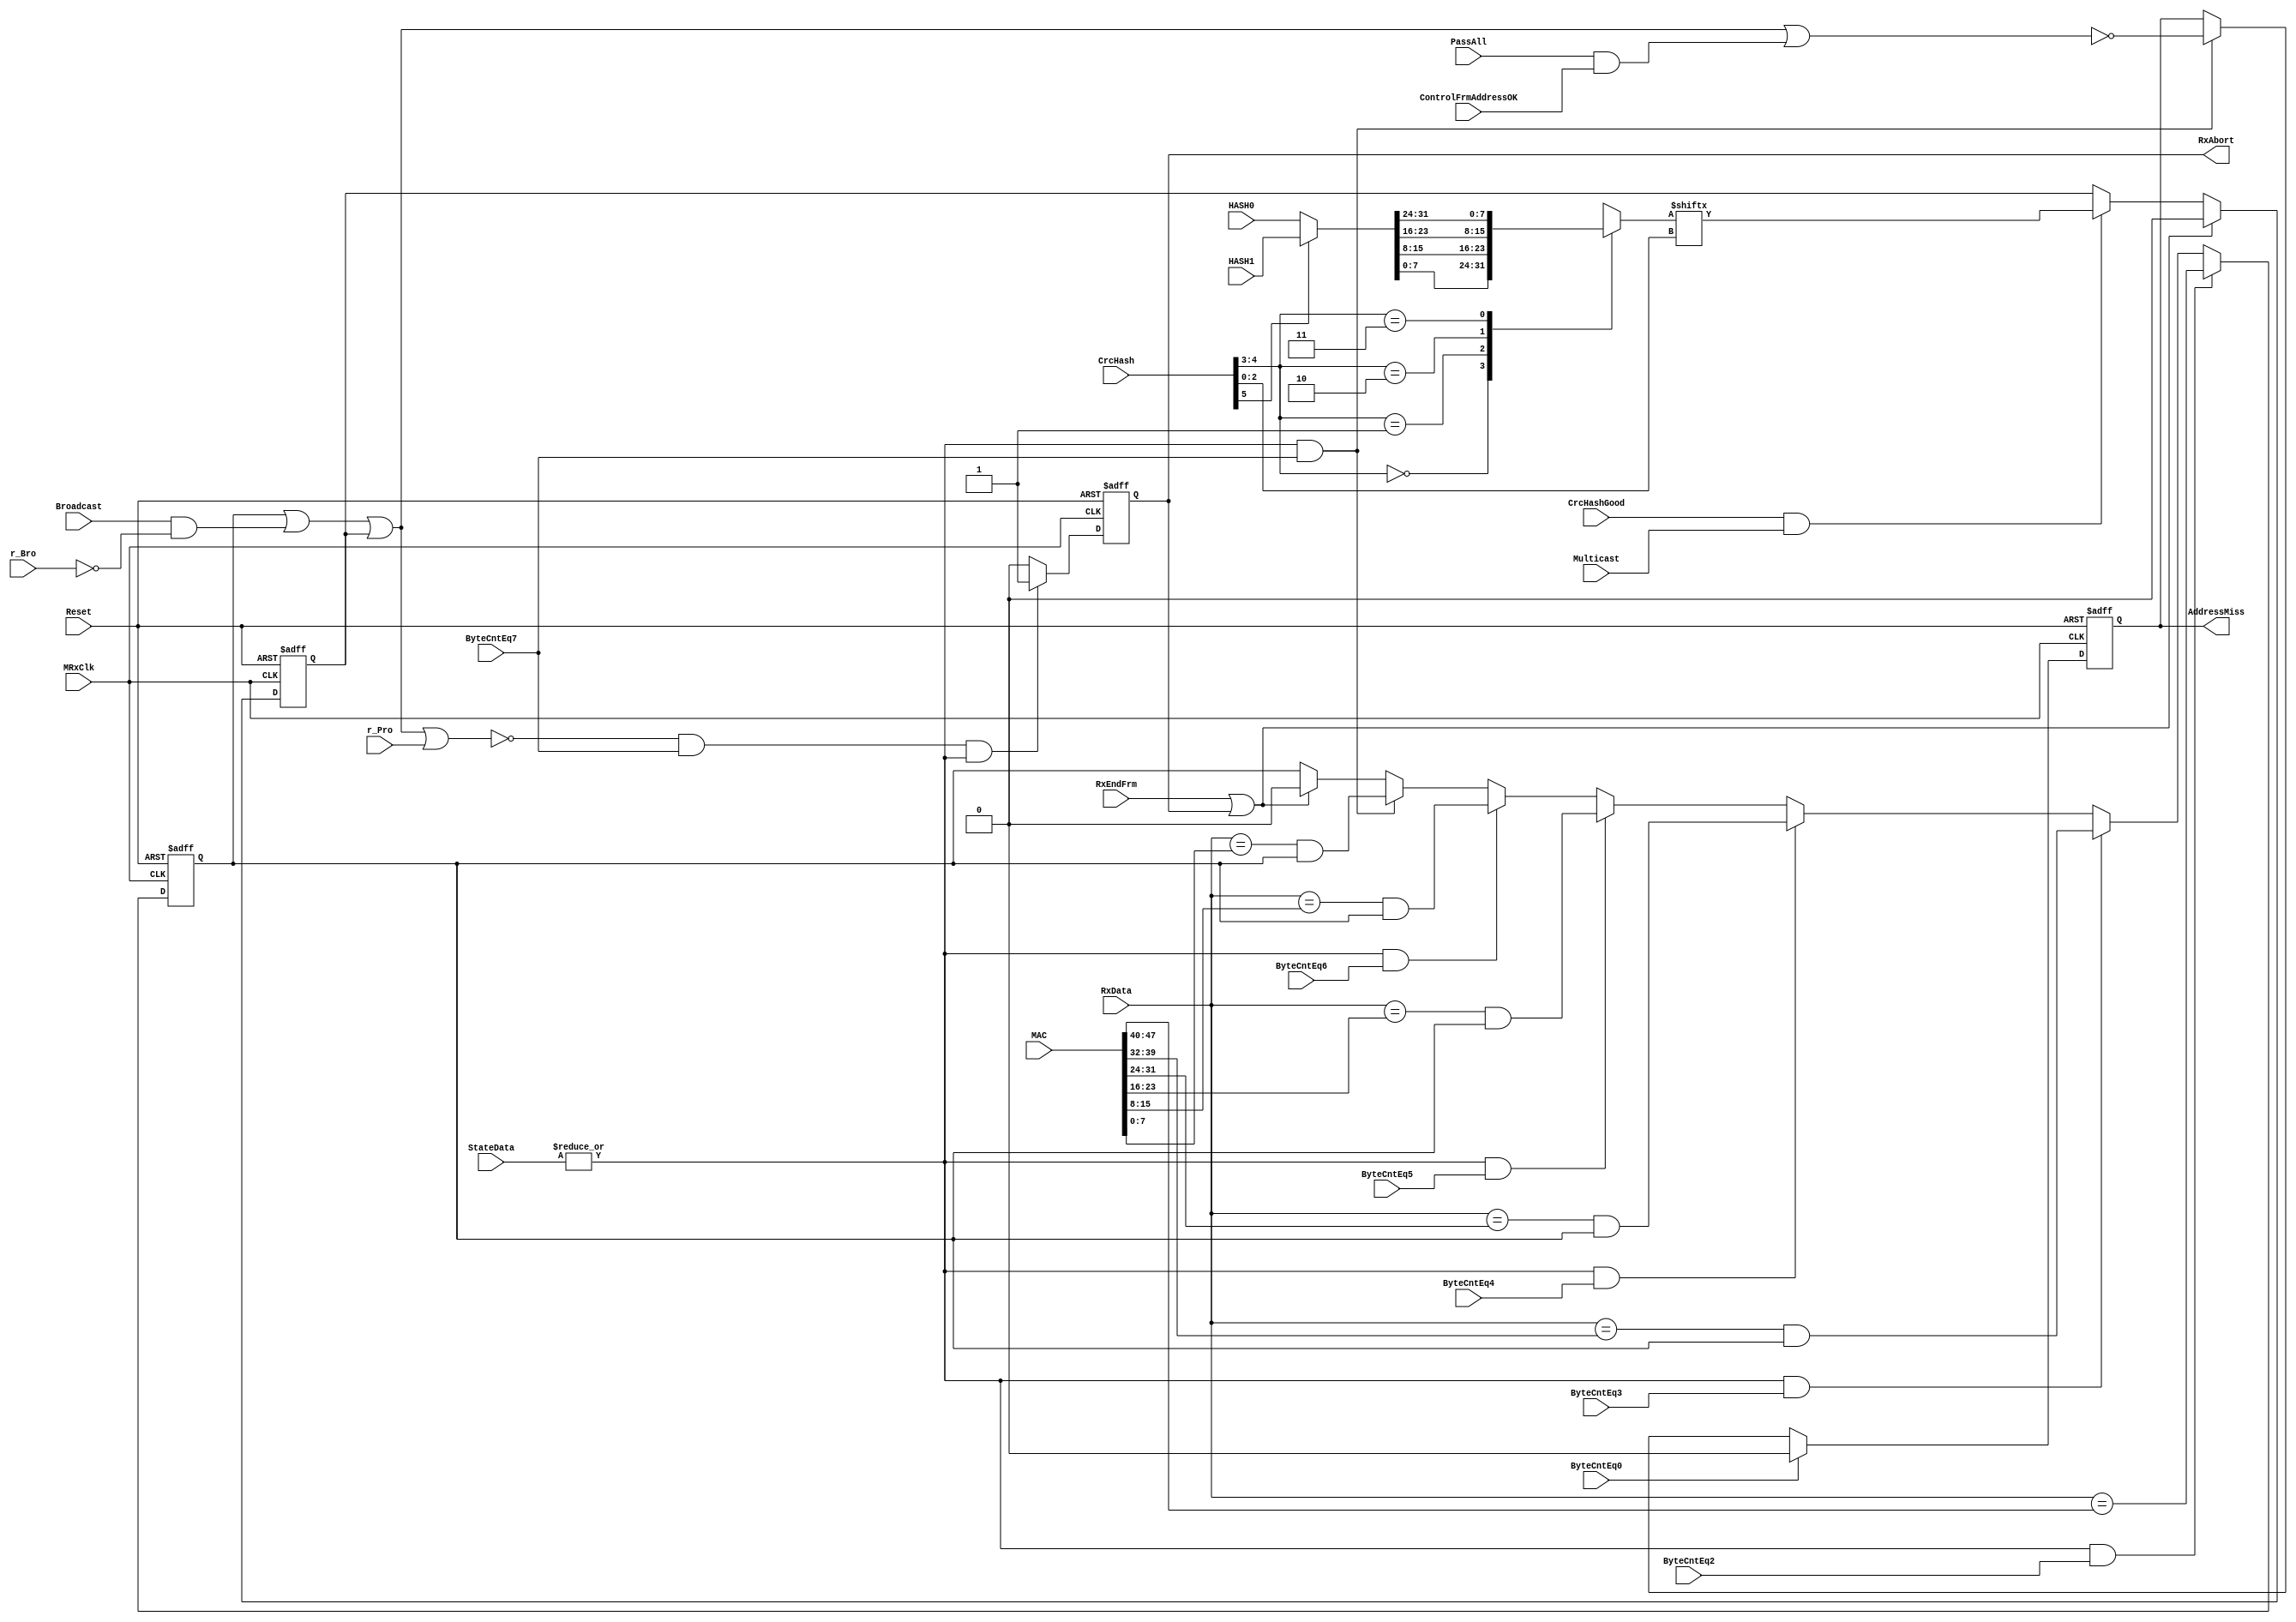
// This program was cloned from: https://github.com/NYU-MLDA/OpenABC
// License: BSD 3-Clause "New" or "Revised" License

module eth_rxaddrcheck(MRxClk,  Reset, RxData, Broadcast ,r_Bro ,r_Pro,
                       ByteCntEq2, ByteCntEq3, ByteCntEq4, ByteCntEq5,
                       ByteCntEq6, ByteCntEq7, HASH0, HASH1, ByteCntEq0,
                       CrcHash,    CrcHashGood, StateData, RxEndFrm,
                       Multicast, MAC, RxAbort, AddressMiss, PassAll,
                       ControlFrmAddressOK
                      );


  input        MRxClk; 
  input        Reset; 
  input [7:0]  RxData; 
  input        Broadcast; 
  input        r_Bro; 
  input        r_Pro; 
  input        ByteCntEq0;
  input        ByteCntEq2;
  input        ByteCntEq3;
  input        ByteCntEq4;
  input        ByteCntEq5;
  input        ByteCntEq6;
  input        ByteCntEq7;
  input [31:0] HASH0; 
  input [31:0] HASH1; 
  input [5:0]  CrcHash; 
  input        CrcHashGood; 
  input        Multicast; 
  input [47:0] MAC;
  input [1:0]  StateData;
  input        RxEndFrm;
  input        PassAll;
  input        ControlFrmAddressOK;
  
  output       RxAbort;
  output       AddressMiss;

 wire BroadcastOK;
 wire ByteCntEq2;
 wire ByteCntEq3;
 wire ByteCntEq4; 
 wire ByteCntEq5;
 wire RxAddressInvalid;
 wire RxCheckEn;
 wire HashBit;
 wire [31:0] IntHash;
 reg [7:0]  ByteHash;
 reg MulticastOK;
 reg UnicastOK;
 reg RxAbort;
 reg AddressMiss;
 
assign RxAddressInvalid = ~(UnicastOK | BroadcastOK | MulticastOK | r_Pro);
 
assign BroadcastOK = Broadcast & ~r_Bro;
 
assign RxCheckEn   = | StateData;
 
 // Address Error Reported at end of address cycle
 // RxAbort clears after one cycle
 
always @ (posedge MRxClk or posedge Reset)
begin
  if(Reset)
    RxAbort <=  1'b0;
  else if(RxAddressInvalid & ByteCntEq7 & RxCheckEn)
    RxAbort <=  1'b1;
  else
    RxAbort <=  1'b0;
end
 

// This ff holds the "Address Miss" information that is written to the RX BD status.
always @ (posedge MRxClk or posedge Reset)
begin
  if(Reset)
    AddressMiss <=  1'b0;
  else if(ByteCntEq0)
    AddressMiss <=  1'b0;
  else if(ByteCntEq7 & RxCheckEn)
    AddressMiss <=  (~(UnicastOK | BroadcastOK | MulticastOK | (PassAll & ControlFrmAddressOK)));
end


// Hash Address Check, Multicast
always @ (posedge MRxClk or posedge Reset)
begin
  if(Reset)
    MulticastOK <=  1'b0;
  else if(RxEndFrm | RxAbort)
    MulticastOK <=  1'b0;
  else if(CrcHashGood & Multicast)
    MulticastOK <=  HashBit;
end
 
 
// Address Detection (unicast)
// start with ByteCntEq2 due to delay of addres from RxData
always @ (posedge MRxClk or posedge Reset)
begin
  if(Reset)
    UnicastOK <=  1'b0;
  else
  if(RxCheckEn & ByteCntEq2)
    UnicastOK <=    RxData[7:0] == MAC[47:40];
  else
  if(RxCheckEn & ByteCntEq3)
    UnicastOK <=  ( RxData[7:0] == MAC[39:32]) & UnicastOK;
  else
  if(RxCheckEn & ByteCntEq4)
    UnicastOK <=  ( RxData[7:0] == MAC[31:24]) & UnicastOK;
  else
  if(RxCheckEn & ByteCntEq5)
    UnicastOK <=  ( RxData[7:0] == MAC[23:16]) & UnicastOK;
  else
  if(RxCheckEn & ByteCntEq6)
    UnicastOK <=  ( RxData[7:0] == MAC[15:8])  & UnicastOK;
  else
  if(RxCheckEn & ByteCntEq7)
    UnicastOK <=  ( RxData[7:0] == MAC[7:0])   & UnicastOK;
  else
  if(RxEndFrm | RxAbort)
    UnicastOK <=  1'b0;
end
   
assign IntHash = (CrcHash[5])? HASH1 : HASH0;
  
always@(CrcHash or IntHash)
begin
  case(CrcHash[4:3])
    2'b00: ByteHash = IntHash[7:0];
    2'b01: ByteHash = IntHash[15:8];
    2'b10: ByteHash = IntHash[23:16];
    2'b11: ByteHash = IntHash[31:24];
  endcase
end
      
assign HashBit = ByteHash[CrcHash[2:0]];


endmodule